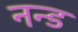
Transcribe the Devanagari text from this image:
नन्ड